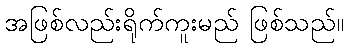
အဖြစ်လည်းရိုက်ကူးမည် ဖြစ်သည်။